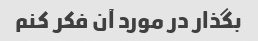
بگذار در مورد آن فکر کنم